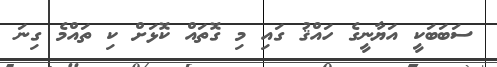
ސަބަބަކީ އަޔާނީގެ ހައްޤު ގައި މި ގޮތައް ކޮޅަށް ކި ތައްމެ ގިނަ